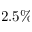
2 . 5 \%